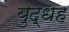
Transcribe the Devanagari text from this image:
युद्धह